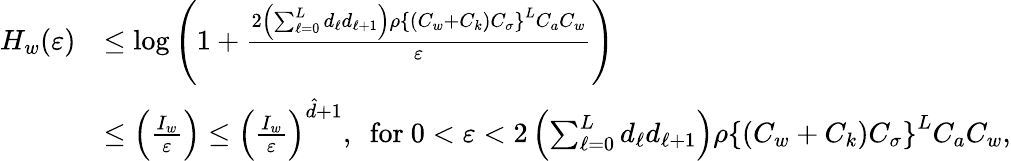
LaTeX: \begin{array}{rl}{H_{w}(\varepsilon)}&{\leq\log\left(1+\frac{2\left(\sum_{\ell=0}^{L}d_{\ell}d_{\ell+1}\right)\rho\left\{ (C_{w}+C_{k})C_{\sigma}\right\} ^{L}C_{a}C_{w}}{\varepsilon}\right)}\\ &{\leq\left(\frac{I_{w}}{\varepsilon}\right)\leq\left(\frac{I_{w}}{\varepsilon}\right)^{\hat{d}+1},\ \ \mathrm{for}\ 0<\varepsilon<2\left(\sum_{\ell=0}^{L}d_{\ell}d_{\ell+1}\right)\rho\left\{ (C_{w}+C_{k})C_{\sigma}\right\} ^{L}C_{a}C_{w},}\end{array}